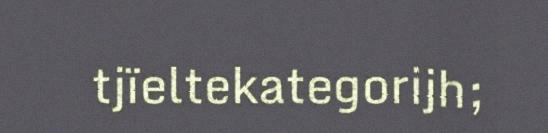
tjïeltekategorijh;